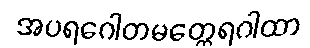
အပရဂေါတမတ္ထေရဂါထာ